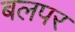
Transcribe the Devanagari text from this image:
बलपर